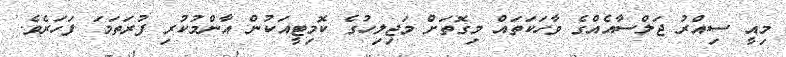
މިއީ ސިއްރު ޖަލްސާއެއްގެ ވާހަކަތައް މިގޮތަށް މަޖިލިހުގެ ކޮމިޓީއަކުން އާންމުކުރި ފުރަތަމަ ފަހަރެވެ.